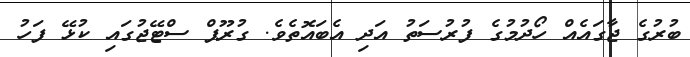
ބުރުގެ ޖާގައެއް ހޯދުމުގެ ފުރުސަތު އަދި އެބައޮތެވެ. ގުރޫޕް ސްޓޭޖުގައި ކުޅޭ ފަހު